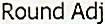
ROUND ADJ